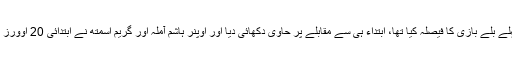
جنوبی افریقہ جس نے ٹاس جیت کر پہلے بلے بازی کا فیصلہ کیا تھا، ابتداء ہی سے مقابلے پر حاوی دکھائی دیا اور اوپنر ہاشم آملہ اور گریم اسمتھ نے ابتدائی 20 اوورز میں 89 رنز کی اچھی رفاقت قائم کی۔